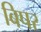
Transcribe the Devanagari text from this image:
बिपर